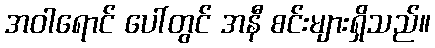
အဝါရောင် ပေါ်တွင် အနီ စင်းများရှိသည်။